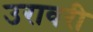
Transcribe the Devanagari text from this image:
उरावरी